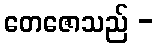
တေဇောသည် -